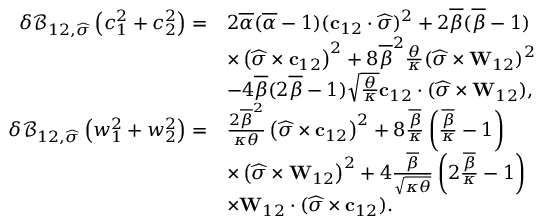
\begin{array} { r l } { \delta \mathcal { B } _ { 1 2 , \widehat { \boldsymbol { \sigma } } } \left( c _ { 1 } ^ { 2 } + c _ { 2 } ^ { 2 } \right) = } & { 2 \overline { { \alpha } } ( \overline { { \alpha } } - 1 ) ( \mathbf { c } _ { 1 2 } \cdot \widehat { \boldsymbol { \sigma } } ) ^ { 2 } + 2 \overline { { \beta } } ( \overline { { \beta } } - 1 ) } \\ & { \times \left( \widehat { \boldsymbol { \sigma } } \times \mathbf { c } _ { 1 2 } \right) ^ { 2 } + 8 \overline { { \beta } } ^ { 2 } \frac { \theta } { \kappa } ( \widehat { \boldsymbol { \sigma } } \times \mathbf { W } _ { 1 2 } ) ^ { 2 } } \\ & { - 4 \overline { { \beta } } ( 2 \overline { { \beta } } - 1 ) \sqrt { \frac { \theta } { \kappa } } \mathbf { c } _ { 1 2 } \cdot ( \widehat { \boldsymbol { \sigma } } \times \mathbf { W } _ { 1 2 } ) , } \\ { \delta \mathcal { B } _ { 1 2 , \widehat { \boldsymbol { \sigma } } } \left( w _ { 1 } ^ { 2 } + w _ { 2 } ^ { 2 } \right) = } & { \frac { 2 \overline { { \beta } } ^ { 2 } } { \kappa \theta } \left( \widehat { \boldsymbol { \sigma } } \times \mathbf { c } _ { 1 2 } \right) ^ { 2 } + 8 \frac { \overline { { \beta } } } { \kappa } \left( \frac { \overline { { \beta } } } { \kappa } - 1 \right) } \\ & { \times \left( \widehat { \boldsymbol { \sigma } } \times \mathbf { W } _ { 1 2 } \right) ^ { 2 } + 4 \frac { \overline { { \beta } } } { \sqrt { \kappa \theta } } \left( 2 \frac { \overline { { \beta } } } { \kappa } - 1 \right) } \\ & { \times \mathbf { W } _ { 1 2 } \cdot ( \widehat { \boldsymbol { \sigma } } \times \mathbf { c } _ { 1 2 } ) . } \end{array}